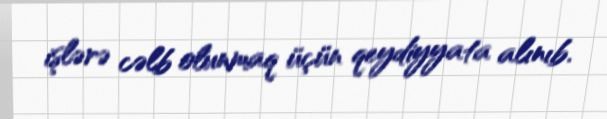
işlərə cəlb olunmaq üçün qeydiyyata alınıb.